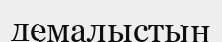
демалыстын